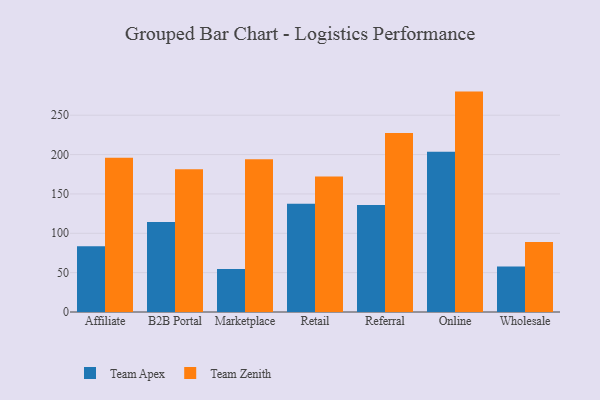
{"axis": {"x": "Channel", "y": "Inventory Turnover"}, "legend": ["Team Apex", "Team Zenith"], "data": [{"x": "Affiliate", "y": 83.6, "type": "Team Apex"}, {"x": "Affiliate", "y": 196.0, "type": "Team Zenith"}, {"x": "B2B Portal", "y": 114.2, "type": "Team Apex"}, {"x": "B2B Portal", "y": 181.4, "type": "Team Zenith"}, {"x": "Marketplace", "y": 54.6, "type": "Team Apex"}, {"x": "Marketplace", "y": 194.2, "type": "Team Zenith"}, {"x": "Retail", "y": 137.6, "type": "Team Apex"}, {"x": "Retail", "y": 172.3, "type": "Team Zenith"}, {"x": "Referral", "y": 135.9, "type": "Team Apex"}, {"x": "Referral", "y": 227.5, "type": "Team Zenith"}, {"x": "Online", "y": 203.5, "type": "Team Apex"}, {"x": "Online", "y": 280.0, "type": "Team Zenith"}, {"x": "Wholesale", "y": 57.8, "type": "Team Apex"}, {"x": "Wholesale", "y": 88.8, "type": "Team Zenith"}]}